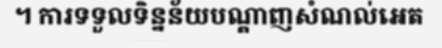
។ ការទទួលទិន្នន័យបណ្តាញសំណល់អេត